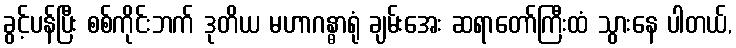
ခွင့်ပန်ပြီး စစ်ကိုင်းဘက် ဒုတိယ မဟာဂန္ဓာရုံ ချမ်းအေး ဆရာတော်ကြီးထံ သွားနေ ပါတယ်,